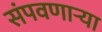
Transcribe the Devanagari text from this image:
संपवणाऱ्या